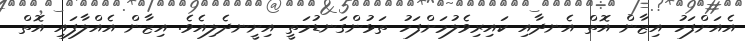
އެއަށްފަހު އިޒާން އޮތް އެނދާއި ކައިރިވެލުމަށްފަހު ތަޅުންގަނޑުމަތީ އިށީނދެލިއެވެ. އިޒާން އެއްލާފައި އޮތް